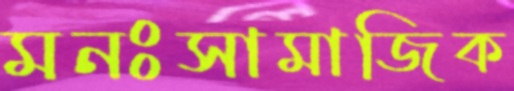
মনঃসামাজিক